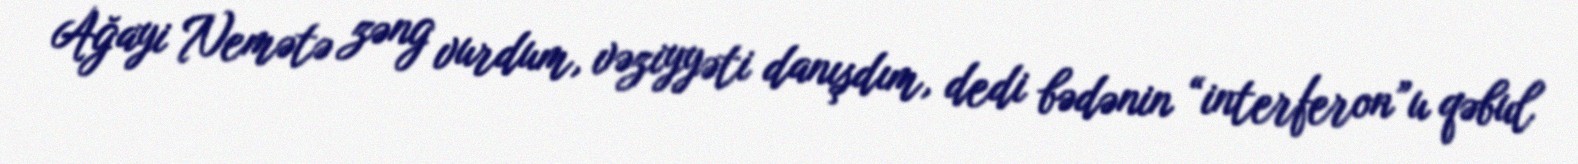
Ağayi Nemətə zəng vurdum, vəziyyəti danışdım, dedi bədənin “interferon”u qəbul